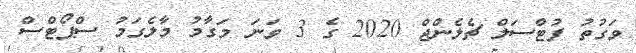
ވަގުތު ފުޓްސަލް ޗެލެންޖް 2020 ގެ 3 ވަނަ މަގާމު މާލެގަމު ސްޕޯޓްސް